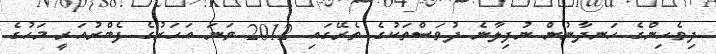
ދިވެހިންގެ ހަނދާނުން ނުފިލާނެ ދުވަސްތަކުގެ ތެރޭގައި 2012 ވަނަ އަހަރުގެ ފެބްރުއަރީ މަހުގެ